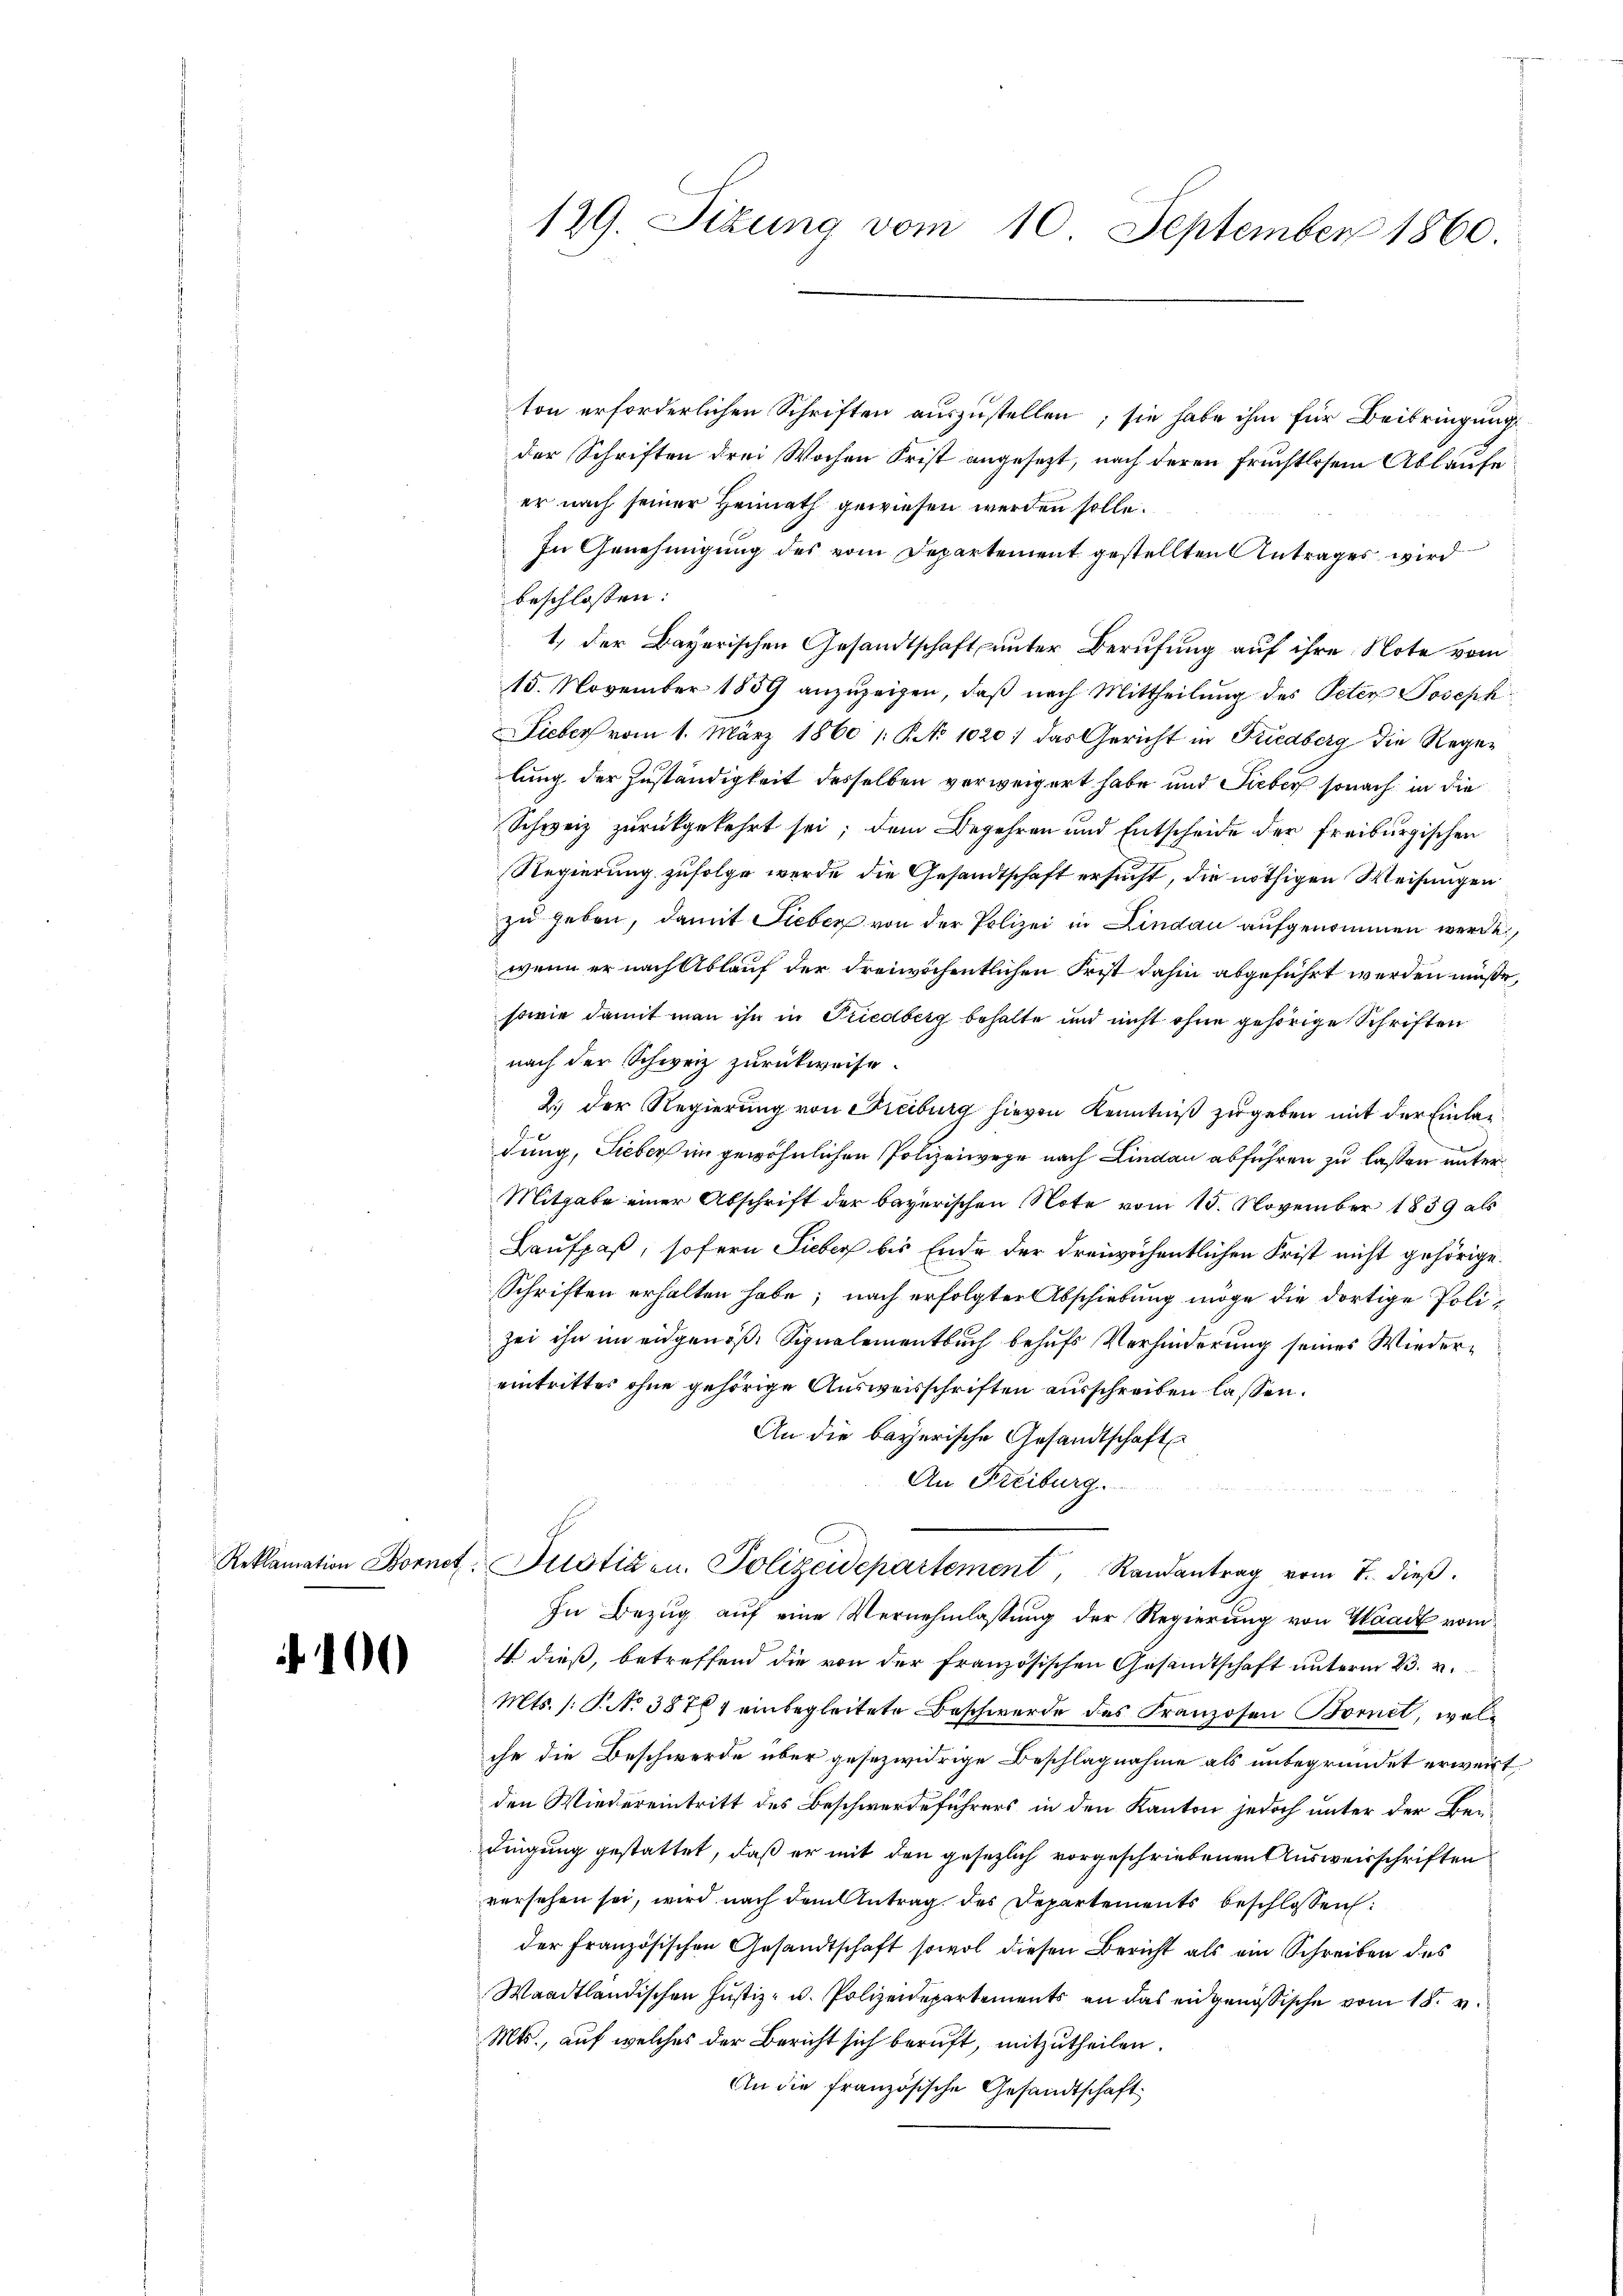
100

129. Sizung vom 10. September 1860.

ton erforderlichen Schriften auszustellen; sie habe ihm für Beibringung
der Schriften drei Wochen Frist angesezt, nach deren Fruchtlosem Ablaufe
er nach seiner Heimath gewiesen werden solle.
In Genehmigung des vom Departement gestellten Antrages wird
beschlossen:
1. der Bayerischen Gesandtschaft unter Berufung auf ihre Note vom
15. November 1859 anzuzeigen, daß nach Mittheilung des Peten Joseph
Liebers vom 1. März 1860 /: P. No 1020; das Gericht in Friedberg die Regelung der Zuständigkeit desselben verweigert habe und Lieber sonach in die
Schweiz zurückgekehrt sei; dem Begehren und Entscheide der Freiburgischen
Regierung zufolge werde die Gesandtschaft ersucht, die nöthigen Weisungen
zu geben, damit Sieben von der Polizei in Lindau aufgenommen werde,
wenn er nach Ablauf der dreiwöchentlichen Frist dahin abgeführt werden müsse,
sowie damit man ihn in Friedberg behalte und nicht ohne gehörige Schriften
nach der Schweiz zurückweise.
2.) Der Regierung von Freiburg hievon Kenntniß zugeben mit der Einladung, Lieber im gewöhnlichen Polizeiwege nach Lindau abführen zu laßen unter
Mitgabe einer Abschrift der bayerischen Note vom 15. November 1859 als
Baufpaß, sofern Sieber bis Ende der dreiwöchentlichen Frist nicht gehörige.
Schriften erhalten habe; nach erfolgter Abschiebung möge die dortige Polizei ihn im eidgenöß. Signalementbuch behufs Verhinderung seines Wiedereintrittes ohne gehörige Ausweisschriften ausschreiben lassen.
An die bayerische Gesandtschaft
An Freiburg.
Reklamation Bornet. Justiz u. Polizeidepartement, Randantrag vom 7. dieβ.
In Bezug auf eine Vernehmlassung der Regierung von Waadt vom
4 dieß, betreffend die von der französischen Gesamtschaft unterm 23. v.
Mts. (T. No 38764 einbegleitete Beschwerde des Franzosen Bornet, welche die Beschwerde über gesezwidrige Beschlagnahme als unbegründet erweist.
den Wiedereintritt des Beschwerdeführers in den Kanton jedoch unter der Bedingung gestattet, daß er mit den gesezlich vorgeschriebenen Ausweisschriften
versehen sei, wird nach dem Antrag des Departements beschlossen:
der Französischen Gesandtschaft sowol diesen Bericht als ein Schreiben des
Waadtländischen Justiz- u. Polizeidepartements an das eidgenössische vom 18. v.
Mts., auf welches der Bericht sich beruft, mitzutheilen.
An die französische Gesandtschaft